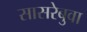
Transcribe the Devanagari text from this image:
सासरेबुवा